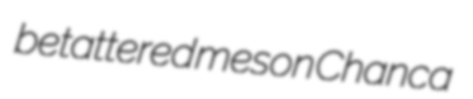
betattered meson Chanca